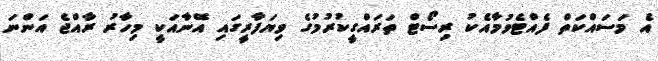
އެ މަސައްކަތް ފެއްޓެވުމާއެކު ރިސޯޓް ތަރައްގީކުރުމުގެ ވިޔަފާރީގައި އޭނާއަކީ މިހާރު ރާއްޖެ އަންނަ